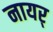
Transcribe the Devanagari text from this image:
नायर्